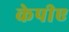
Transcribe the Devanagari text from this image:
केपीए